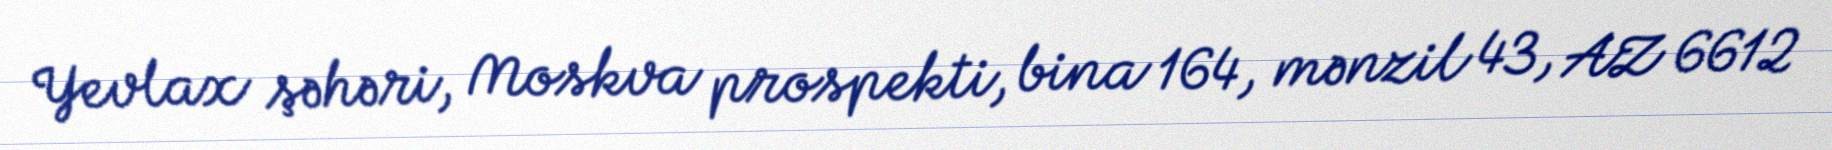
Yevlax şəhəri, Moskva prospekti, bina 164, mənzil 43, AZ 6612